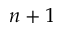
n + 1